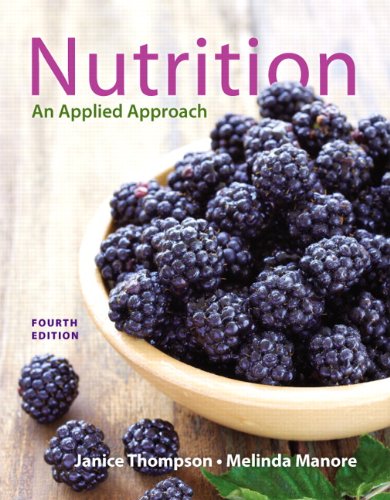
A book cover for Nutrition: An Applied Approach (4th Edition); Janice J. Thompson; Medical Books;